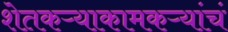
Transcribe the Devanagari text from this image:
शेतकऱ्याकामकऱ्यांचं